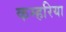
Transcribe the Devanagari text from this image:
कम्हरिया